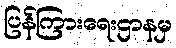
ပြန်ကြားရေးဌာနမှ